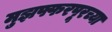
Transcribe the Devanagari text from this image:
मुझफ्फरपूरच्या